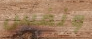
ونفس